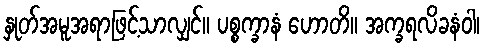
နှုတ်အမူအရာဖြင့်သာလျှင်။ ပစ္စက္ခာနံ ဟောတိ။ အက္ခရလိခနံဝါ၊